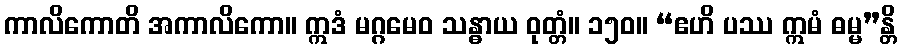
ကာလိကောတိ အကာလိကော။ ဣဒံ မဂ္ဂမေဝ သန္ဓာယ ဝုတ္တံ။ ၁၅၀။ “ဧဟိ ပဿ ဣမံ ဓမ္မ”န္တိ